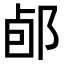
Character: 𨛕